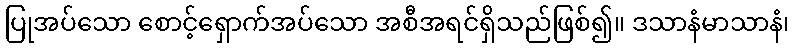
ပြုအပ်သော စောင့်ရှောက်အပ်သော အစီအရင်ရှိသည်ဖြစ်၍။ ဒသာနံမာသာနံ၊